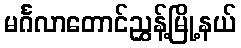
မင်္ဂလာတောင်ညွှန့်မြို့နယ်